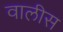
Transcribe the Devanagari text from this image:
वालीस